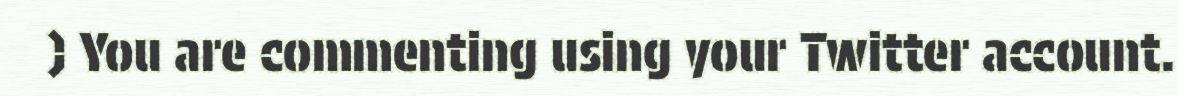
) You are commenting using your Twitter account.